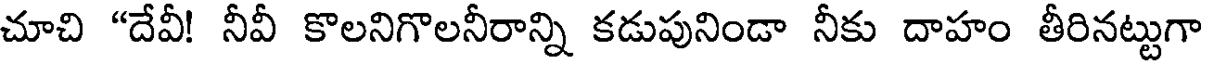
చూచి "దేవీ! నీవీ కొలనిగొలనీరాన్ని కడుపునిండా నీకు దాహం తీరినట్టుగా